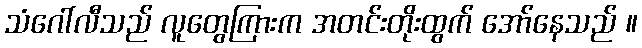
သံဂေါ်လီသည် လူတွေကြားက အတင်းတိုးထွက် အော်နေသည် ။